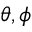
\theta , \phi